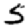
Digit: 5